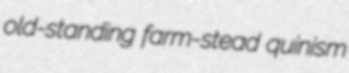
old-standing farm-stead quinism